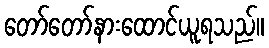
တော်တော်နားထောင်ယူရသည်။